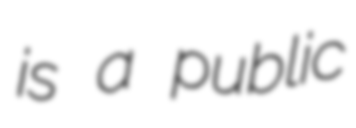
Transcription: is a public